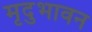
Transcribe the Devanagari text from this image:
मृदुभावन